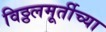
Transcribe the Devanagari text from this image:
विठ्ठलमूर्तीच्या